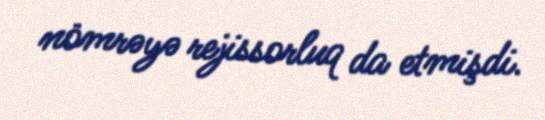
nömrəyə rejissorluq da etmişdi.